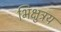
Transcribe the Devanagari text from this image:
भिक्षुत्रय